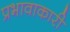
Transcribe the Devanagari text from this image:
प्रभावाकारी